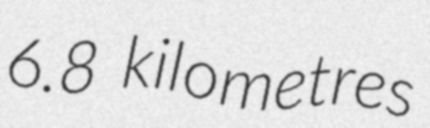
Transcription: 6.8 kilometres